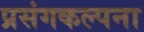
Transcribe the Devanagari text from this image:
प्रसंगकल्पना